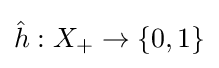
{\hat {h}}:X_{+}\to \{{0,1}\}